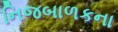
નિજબાળકના